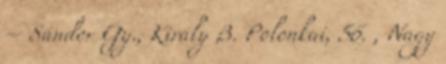
– Sándor Gy., Király B. Polonkai, 56. , Nagy